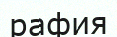
рафия